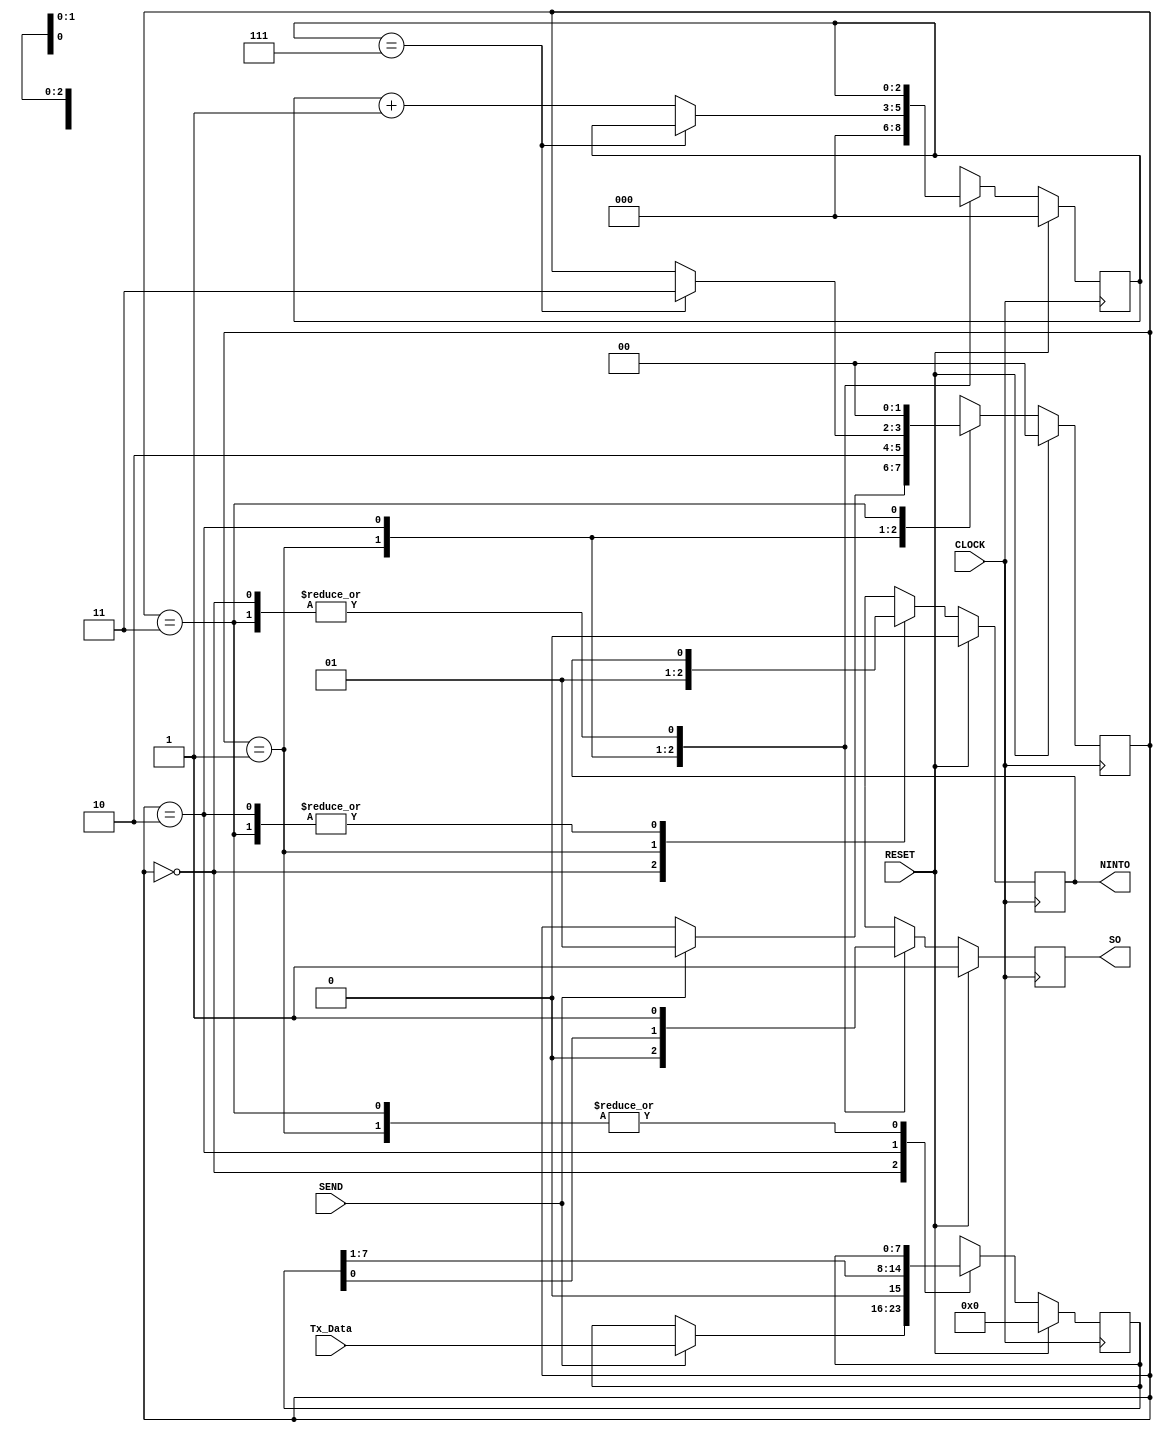
module usrt_tx(CLOCK, RESET, SEND, Tx_Data, NINTO, SO); 
input CLOCK, RESET;  
input SEND;
input [7:0] Tx_Data;  
output NINTO;
output SO;
//  s y m l b o l i c   s t a t e   d e c l a r a t i o n  
localparam [1:0] 
idle = 2'b00,  
start = 2'b01,  
data = 2'b10,  
stop = 2'b11;  

//  s i g n a l   d e c l a r a t i o n  
reg [1:0] state_reg;   
reg [2:0] n_reg;  
reg [7:0] b_reg;  
reg SO_reg; 
reg NINTO_TEMP;
	
//  FSMD  n e x t - s t a t e   l o g i c   &  f u n c t i o n a l   u n i t s  
always @(posedge CLOCK)  
begin 
/////////////////////// 
if (RESET)  
	begin  
		state_reg = idle;   
		n_reg = 0;  
		b_reg = 0;  
		SO_reg = 1'b1;
		NINTO_TEMP = 1'b0;  
	end 
else  
	begin  
	case (state_reg)  
		idle: 
			begin  
				SO_reg = 1'b1;
				NINTO_TEMP = 1'b0;   
				if (SEND)  
					begin  
						state_reg = start;    
						b_reg = Tx_Data;  
					end
			end 
		start: 
			begin  
				SO_reg = 1'b0;   
				state_reg = data;  
				n_reg = 0;
				NINTO_TEMP = 1'b1;  
			end 
		data:  
		
			begin  
				SO_reg = b_reg[0];
				b_reg = b_reg >> 1;  
				if (n_reg==7) 
					state_reg = stop;
				else  
					n_reg = n_reg + 1; 
			end 
		stop: 
			begin  
				SO_reg = 1'b1;  
				state_reg = idle;  
			end
		default:
			begin
			state_reg = idle;   
			n_reg = 0;  
			b_reg = 0;  
			SO_reg = 1'b1;
			NINTO_TEMP = 1'b0;
			end
	endcase  
	end
end 
//  o u t p u t  
assign SO = SO_reg;
assign NINTO = NINTO_TEMP;

endmodule